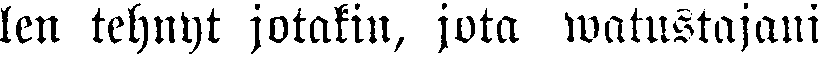
len tehnyt jotakin, jota watustajani